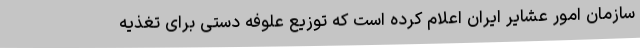
سازمان امور عشایر ایران اعلام کرده است که توزیع علوفه دستی برای تغذیه